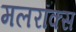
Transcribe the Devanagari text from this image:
मलरॉक्स